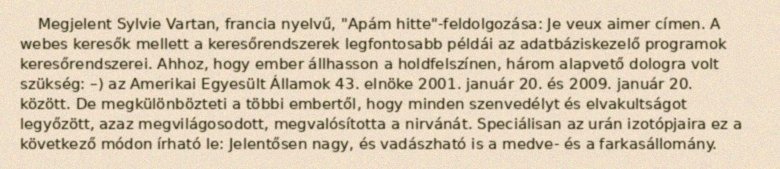
Megjelent Sylvie Vartan, francia nyelvű, "Apám hitte"-feldolgozása: Je veux aimer címen. A webes keresők mellett a keresőrendszerek legfontosabb példái az adatbáziskezelő programok keresőrendszerei. Ahhoz, hogy ember állhasson a holdfelszínen, három alapvető dologra volt szükség: –) az Amerikai Egyesült Államok 43. elnöke 2001. január 20. és 2009. január 20. között. De megkülönbözteti a többi embertől, hogy minden szenvedélyt és elvakultságot legyőzött, azaz megvilágosodott, megvalósította a nirvánát. Speciálisan az urán izotópjaira ez a következő módon írható le: Jelentősen nagy, és vadászható is a medve- és a farkasállomány.